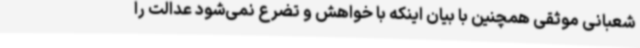
شعبانی موثقی همچنین با بیان اینکه با خواهش و تضرع نمی‌شود عدالت را